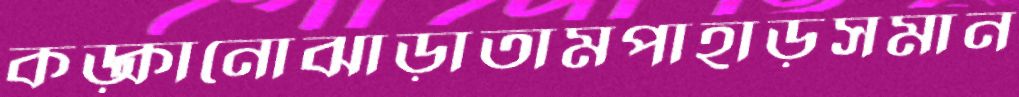
কড়্‌কানোঝাড়াতামপাহাড়সমান